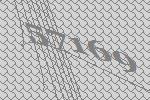
57169